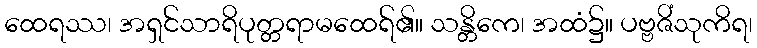
ထေရဿ၊ အရှင်သာရိပုတ္တရာမထေရ်၏။ သန္တိကေ၊ အထံ၌။ ပဗ္ဗဇိံသုကိရ၊